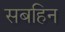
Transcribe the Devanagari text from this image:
सबहिन